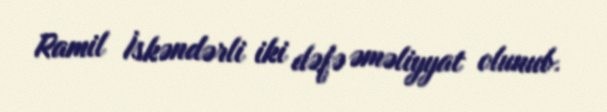
Ramil İskəndərli iki dəfə əməliyyat olunub.